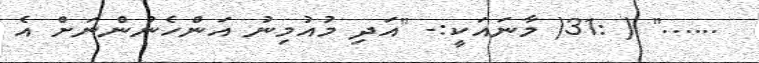
......" ( :31( މާނައަކީ:- "އަދި މުއުމިނު އަންހެނުންނަށް އެ